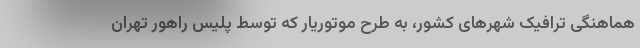
هماهنگی ترافیک شهرهای کشور، به طرح موتوریار که توسط پلیس راهور تهران